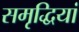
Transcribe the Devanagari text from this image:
समृद्धियां